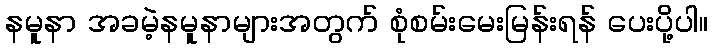
နမူနာ အခမဲ့နမူနာများအတွက် စုံစမ်းမေးမြန်းရန် ပေးပို့ပါ။